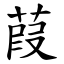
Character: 葭